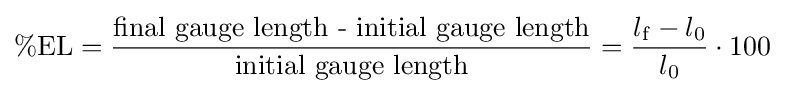
\%\mathrm {EL} ={\frac {\text{final gauge length - initial gauge length}}{\text{initial gauge length}}}={\frac {l_{\mathrm {f} }-l_{0}}{l_{0}}}\cdot 100